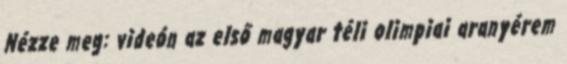
Nézze meg: videón az első magyar téli olimpiai aranyérem